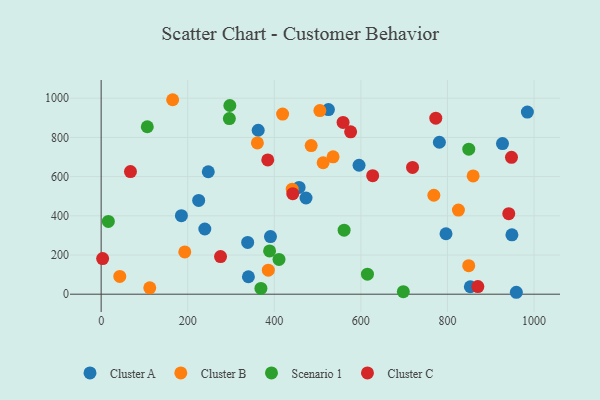
{"axis": {"x": "Ad Spend", "y": "Profit"}, "legend": ["Cluster A", "Cluster B", "Cluster C", "Scenario 1"], "data": [{"x": "340.2", "y": 88.9, "type": "Cluster A"}, {"x": "852.9", "y": 38.1, "type": "Cluster A"}, {"x": "984.7", "y": 929.0, "type": "Cluster A"}, {"x": "525.1", "y": 941.8, "type": "Cluster A"}, {"x": "595.8", "y": 657.8, "type": "Cluster A"}, {"x": "338.5", "y": 263.9, "type": "Cluster A"}, {"x": "781.4", "y": 775.2, "type": "Cluster A"}, {"x": "457.3", "y": 544.6, "type": "Cluster A"}, {"x": "959.2", "y": 9.8, "type": "Cluster A"}, {"x": "949.0", "y": 303.1, "type": "Cluster A"}, {"x": "239.5", "y": 332.6, "type": "Cluster A"}, {"x": "391.2", "y": 294.1, "type": "Cluster A"}, {"x": "473.3", "y": 490.9, "type": "Cluster A"}, {"x": "247.5", "y": 624.8, "type": "Cluster A"}, {"x": "362.8", "y": 836.4, "type": "Cluster A"}, {"x": "927.2", "y": 768.5, "type": "Cluster A"}, {"x": "185.4", "y": 400.5, "type": "Cluster A"}, {"x": "796.7", "y": 308.3, "type": "Cluster A"}, {"x": "225.3", "y": 478.3, "type": "Cluster A"}, {"x": "441.4", "y": 536.0, "type": "Cluster B"}, {"x": "768.6", "y": 504.7, "type": "Cluster B"}, {"x": "859.4", "y": 603.3, "type": "Cluster B"}, {"x": "512.8", "y": 670.7, "type": "Cluster B"}, {"x": "485.2", "y": 758.2, "type": "Cluster B"}, {"x": "535.8", "y": 700.8, "type": "Cluster B"}, {"x": "849.2", "y": 145.3, "type": "Cluster B"}, {"x": "43.0", "y": 90.9, "type": "Cluster B"}, {"x": "193.2", "y": 215.7, "type": "Cluster B"}, {"x": "360.9", "y": 771.9, "type": "Cluster B"}, {"x": "112.3", "y": 32.6, "type": "Cluster B"}, {"x": "165.2", "y": 992.2, "type": "Cluster B"}, {"x": "386.2", "y": 122.5, "type": "Cluster B"}, {"x": "419.2", "y": 919.1, "type": "Cluster B"}, {"x": "825.4", "y": 429.1, "type": "Cluster B"}, {"x": "505.3", "y": 936.6, "type": "Cluster B"}, {"x": "296.2", "y": 895.8, "type": "Scenario 1"}, {"x": "410.9", "y": 177.4, "type": "Scenario 1"}, {"x": "849.3", "y": 740.1, "type": "Scenario 1"}, {"x": "698.1", "y": 12.7, "type": "Scenario 1"}, {"x": "297.3", "y": 962.7, "type": "Scenario 1"}, {"x": "106.6", "y": 854.2, "type": "Scenario 1"}, {"x": "369.1", "y": 29.5, "type": "Scenario 1"}, {"x": "561.3", "y": 326.6, "type": "Scenario 1"}, {"x": "615.2", "y": 102.0, "type": "Scenario 1"}, {"x": "389.1", "y": 220.6, "type": "Scenario 1"}, {"x": "16.6", "y": 371.3, "type": "Scenario 1"}, {"x": "384.9", "y": 685.1, "type": "Cluster C"}, {"x": "67.7", "y": 625.8, "type": "Cluster C"}, {"x": "773.1", "y": 898.1, "type": "Cluster C"}, {"x": "442.7", "y": 513.1, "type": "Cluster C"}, {"x": "558.9", "y": 876.6, "type": "Cluster C"}, {"x": "275.8", "y": 191.8, "type": "Cluster C"}, {"x": "948.0", "y": 698.2, "type": "Cluster C"}, {"x": "941.7", "y": 410.8, "type": "Cluster C"}, {"x": "627.3", "y": 604.7, "type": "Cluster C"}, {"x": "870.3", "y": 39.0, "type": "Cluster C"}, {"x": "719.4", "y": 646.6, "type": "Cluster C"}, {"x": "576.4", "y": 828.2, "type": "Cluster C"}, {"x": "3.4", "y": 181.5, "type": "Cluster C"}]}